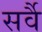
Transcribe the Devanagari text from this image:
सर्वै